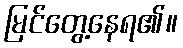
မြင်တွေ့နေရ၏။